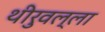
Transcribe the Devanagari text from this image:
थीरुवल्ला